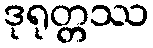
ဒုရုတ္တဿ